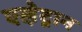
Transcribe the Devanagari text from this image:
एले़ट्रान